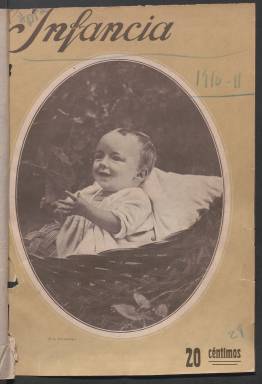
Título: Infancia (Madrid)
Colección: Revistas infantiles
Ámbito geográfico: Madrid
Lugar de publicación: Madrid
Fechas: 01/01/1910-08/10/1911